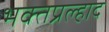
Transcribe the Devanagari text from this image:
भक्तप्रल्हाद